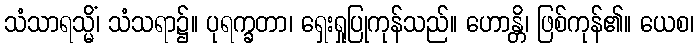
သံသာရသ္မိံ၊ သံသရာ၌။ ပုရက္ခတာ၊ ရှေးရှုပြုကုန်သည်။ ဟောန္တိ၊ ဖြစ်ကုန်၏။ ယေစ၊